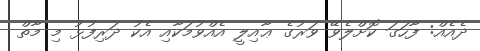
ދެއެއް: ފާހަގަ ކޮށްލެވޭ ވަރުގެ ޢާއިލީ އެއްވުމަކާއި އެކު ދަރިފުޅު މި މާތް